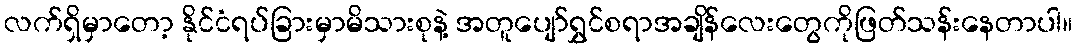
လက်ရှိမှာတော့ နိုင်ငံရပ်ခြားမှာမိသားစုနဲ့ အတူပျော်ရွှင်စရာအချိန်လေးတွေကိုဖြတ်သန်းနေတာပါ။